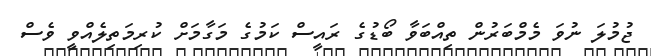
ޖުމުލަ ނުވަ މެމްބަރުން ތިއްބަވާ ބޯޑުގެ ރައީސް ކަމުގެ މަގާމަށް ކުރިމަތިލެއްވީ ވެސް